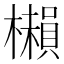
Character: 𣞥